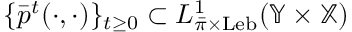
\{ \bar { p } ^ { t } ( \cdot , \cdot ) \} _ { t \geq 0 } \subset L _ { \bar { \pi } \times \mathrm { L e b } } ^ { 1 } ( \mathbb { Y } \times \mathbb { X } )